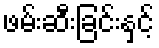
ဖမ်းဆီးခြင်းနှင့်